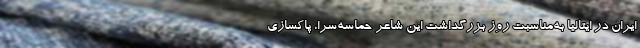
ایران در ایتالیا به‌مناسبت روز بزرگداشت این شاعر حماسه‌سرا، پاکسازی